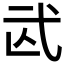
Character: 𢎁